Source: Handwritten
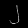
Digit: ၂ (2)